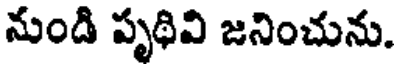
నుండి పృథివి జనించును.